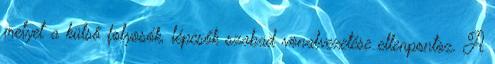
melyet a külső folyosók, lépcsők szabad vonalvezetése ellenpontoz. A